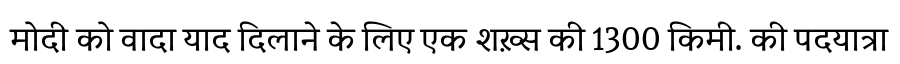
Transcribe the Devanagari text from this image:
मोदी को वादा याद दिलाने के लिए एक शख़्स की 1300 किमी. की पदयात्रा